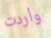
وأردت